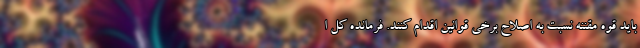
باید قوه مقننه نسبت به اصلاح برخی قوانین اقدام کنند. فرمانده کل ا